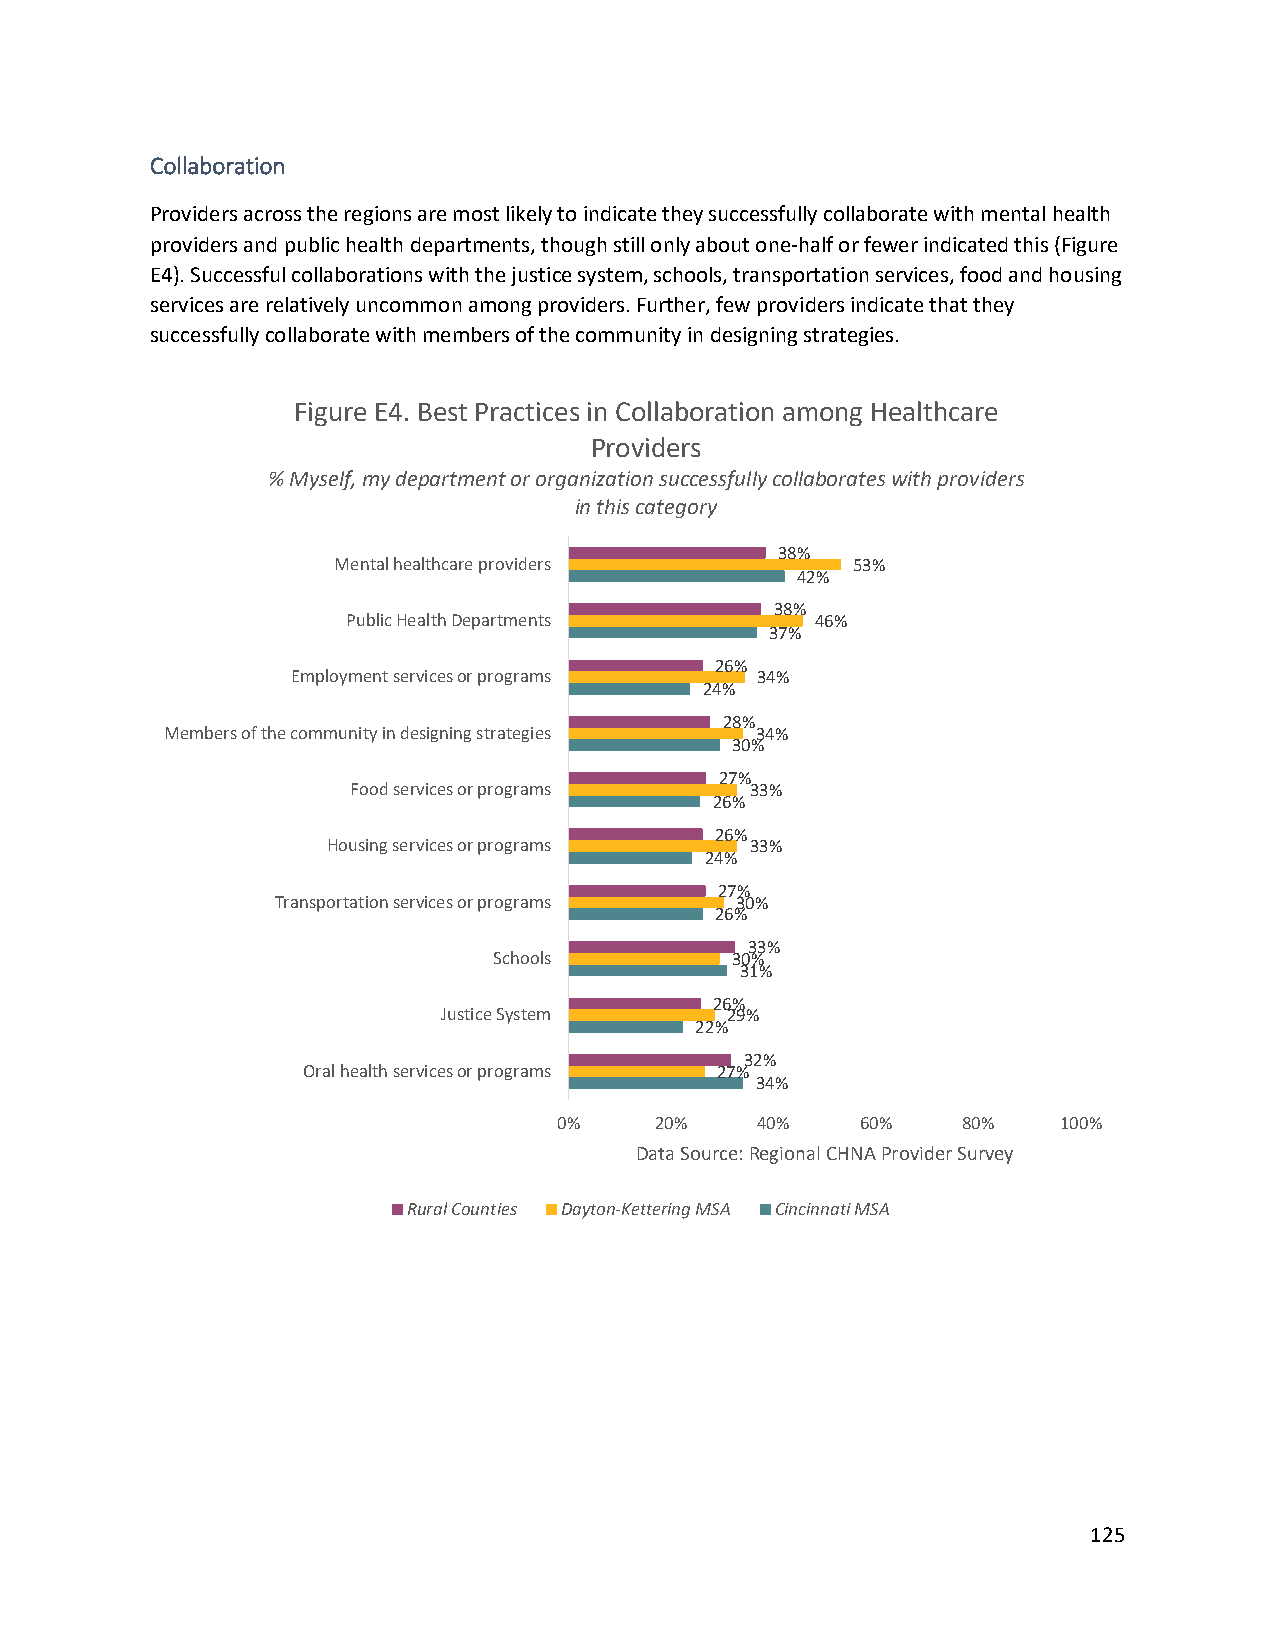
Collaboration
 Providers across the regions are most likely to indicate they successfully collaborate with mental health
 providers and public health departments, though still only about one-half or fewer indicated this (Figure
 E4). Successful collaborations with the justice system, schools, transportation services, food and housing
 services are relatively uncommon among providers. Further, few providers indicate that they
 successfully collaborate with members of the community in designing strategies.
 Figure E4. Best Practices in Collaboration among Healthcare
 Providers
 % Myself, my department or organization successfully collaborates with providers
 in this category
 38%
 Mental healthcare providers       53%
 42%
 38%
 Public Health Departments      46%
 37%
 26%
 Employment services or programs 34%
 24%
 28%
 Members of the community in designing strategies 34%
 30%
 27%
 Food services or programs  33%
 26%
 26%
 Housing services or programs 33%
 24%
 27%
 Transportation services or programs 30%
 26%
 33%
 Schools        30%
 31%
 26%
 Justice System     29%
 22%
 32%
 Oral health services or programs 27%
 34%
 0%    20%    40%    60%    80%   100%
 Data Source: Regional CHNAProvider Survey
 Rural Counties Dayton-Kettering MSA Cincinnati MSA
 125